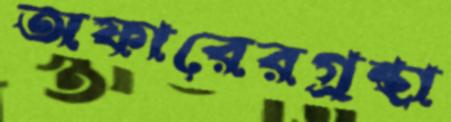
অফারেরগ্রন্থা